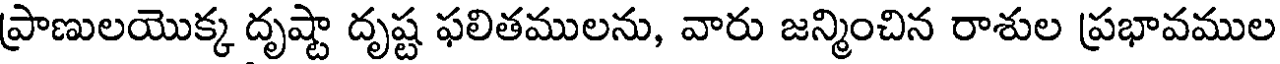
ప్రాణులయొక్క దృష్టా దృష్ట ఫలితములను, వారు జన్మించిన రాశుల ప్రభావముల